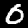
Label: 0